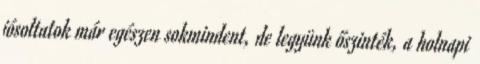
jósoltatok már egészen sokmindent, de legyünk őszinték, a holnapi